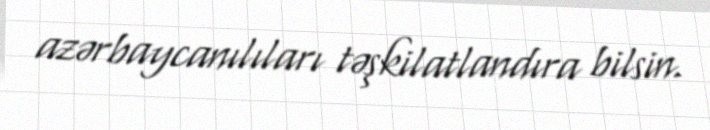
azərbaycanılıları təşkilatlandıra bilsin.